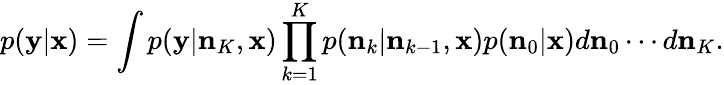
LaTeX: p(\mathbf{y}\vert\mathbf{x})=\int p(\mathbf{y}\vert\mathbf{n}_{K},\mathbf{x})\prod_{k=1}^{K}p(\mathbf{n}_{k}\vert\mathbf{n}_{k-1},\mathbf{x})p(\mathbf{n}_{0}\vert\mathbf{x})d\mathbf{n}_{0}\cdots d\mathbf{n}_{K}.